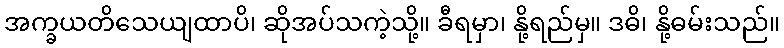
အက္ခယတိသေယျထာပိ၊ ဆိုအပ်သကဲ့သို့။ ခီရမှာ၊ နို့ရည်မှ။ ဒဓိ၊ နို့ဓမ်းသည်။